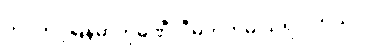
တင့်တင့်မြန်မာကုမ္ပဏီလီမိတက်မှ သိရပါတယ်။